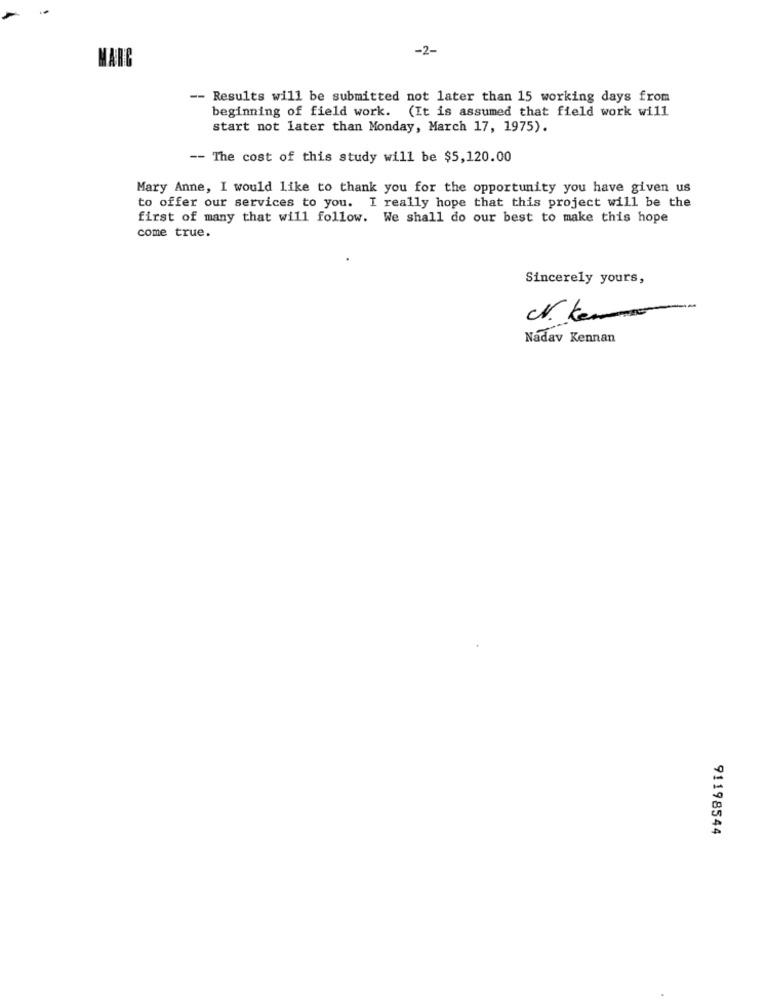
-2-
MARC
-- Results will be submitted not later than 15 working days from
beginning of field work. (It is assumed that field work will
start not later than Monday, March 17, 1975).
-- The cost of this study will be $5,120.00
Mary Anne, I would like to thank you for the opportunity you have given us
to offer our services to you. I really hope that this project will be the
first of many that will follow. We shall do our best to make this hope
come true.
Sincerely yours,
Nadav Kennan
91198544